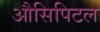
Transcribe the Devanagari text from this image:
औसिपिटल